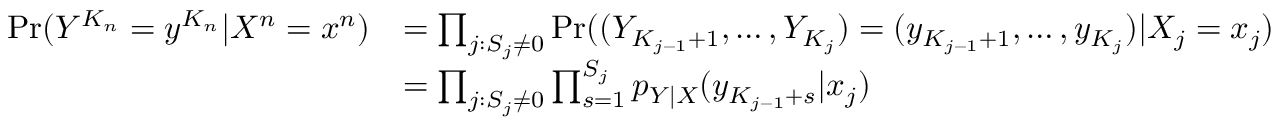
\begin{array} { r l } { \operatorname* { P r } ( Y ^ { K _ { n } } = y ^ { K _ { n } } | X ^ { n } = x ^ { n } ) } & { = \prod _ { j : S _ { j } \neq 0 } \operatorname* { P r } ( ( Y _ { K _ { j - 1 } + 1 } , \dots , Y _ { K _ { j } } ) = ( y _ { K _ { j - 1 } + 1 } , \dots , y _ { K _ { j } } ) | X _ { j } = x _ { j } ) } \\ & { = \prod _ { j : S _ { j } \neq 0 } \prod _ { s = 1 } ^ { S _ { j } } p _ { Y | X } ( y _ { K _ { j - 1 } + s } | x _ { j } ) } \end{array}